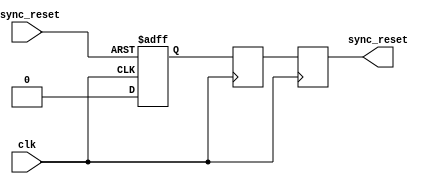
module async_reset_synchronizer (
    input wire async_reset,  // Asynchronous reset input
    input wire clk,          // Clock input
    output reg sync_reset    // Synchronized reset output
);

    // Internal signals for flip-flops
    reg ff1, ff2;

    // Synchronous reset logic
    always @(posedge clk or posedge async_reset) begin
        if (async_reset) begin
            ff1 <= 1'b1;  // Set ff1 high on async reset
        end else begin
            ff1 <= 1'b0;  // Clear ff1 on clock edge
        end
    end

    always @(posedge clk) begin
        ff2 <= ff1;  // Chain the first flip-flop to the second
    end

    // Assign the output
    always @(posedge clk) begin
        sync_reset <= ff2;  // Output the synchronized reset
    end

endmodule